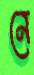
নে